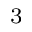
_ { 3 }